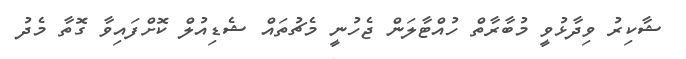
ޝާކިރު ވިދާޅުވީ މުބާރާތް ހުއްޓާލަން ޖެހުނީ މެޗުތައް ޝެޑިއުލް ކޮށްފައިވާ ގޮތާ މެދު